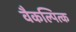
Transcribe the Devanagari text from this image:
वैकल्पित्क